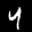
Label: 4